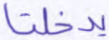
يدخلنا